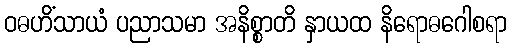
ဝဓဟိံသာယံ ပညာသမာ အနိစ္စာတိ နှာယထ နိရောဓဂေါစရာ